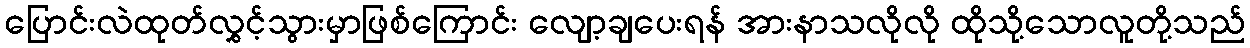
ပြောင်းလဲထုတ်လွှင့်သွားမှာဖြစ်ကြောင်း လျော့ချပေးရန် အားနာသလိုလို ထိုသို့သောလူတို့သည်